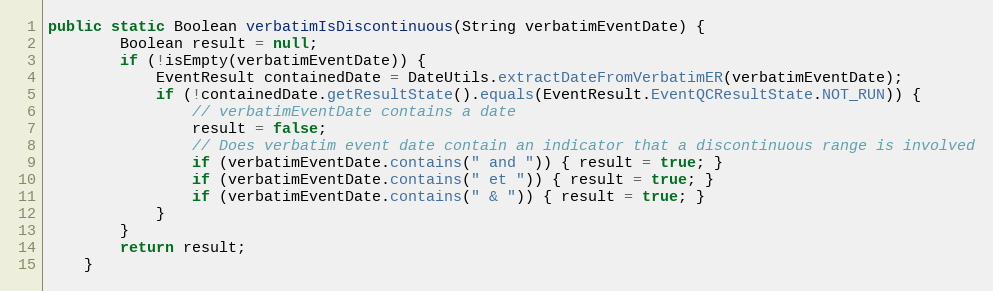
Language: Java
public static Boolean verbatimIsDiscontinuous(String verbatimEventDate) {
		Boolean result = null;
		if (!isEmpty(verbatimEventDate)) {
			EventResult containedDate = DateUtils.extractDateFromVerbatimER(verbatimEventDate);
			if (!containedDate.getResultState().equals(EventResult.EventQCResultState.NOT_RUN)) {
				// verbatimEventDate contains a date
				result = false;
				// Does verbatim event date contain an indicator that a discontinuous range is involved
				if (verbatimEventDate.contains(" and ")) { result = true; }
				if (verbatimEventDate.contains(" et ")) { result = true; }
				if (verbatimEventDate.contains(" & ")) { result = true; }
			}
		}
		return result;
	}